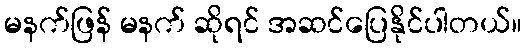
မနက်ဖြန် မနက် ဆိုရင် အဆင်ပြေနိုင်ပါတယ်။